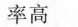
率高